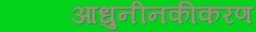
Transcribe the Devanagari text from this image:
आधुनीनकीकरण